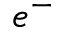
e ^ { - }